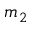
m _ { 2 }